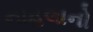
નાહલાનો